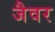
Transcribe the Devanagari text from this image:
जैवर